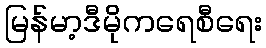
မြန်မာ့ဒီမိုကရေစီရေး